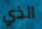
الذي